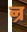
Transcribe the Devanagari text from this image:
न्र